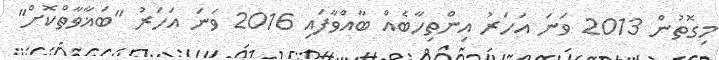
މިގޮތުން 2013 ވަނަ އަހަރު އިންތިހާބެއް ބާއްވާފައި 2016 ވަނަ އަހަރު "ބަޣާވާތްކޮށް"